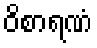
ဝိစာရဏံ